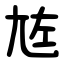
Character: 㝾